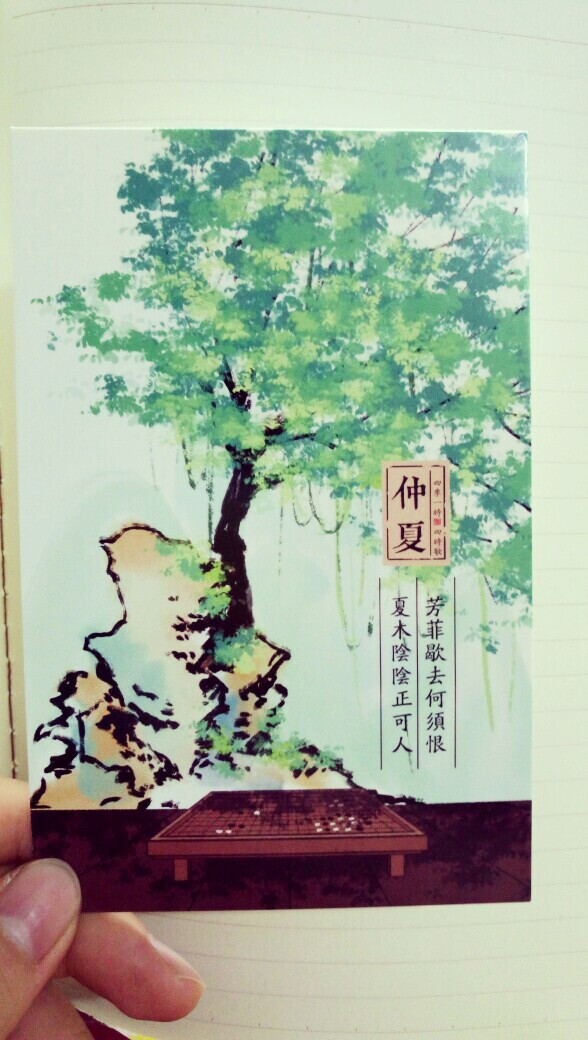
芳菲歇去何须恨，夏木阴阴正可人。